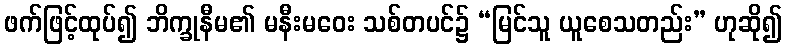
ဖက်ဖြင့်ထုပ်၍ ဘိက္ခုနီမ၏ မနီးမဝေး သစ်တပင်၌ “မြင်သူ ယူစေသတည်း” ဟုဆို၍